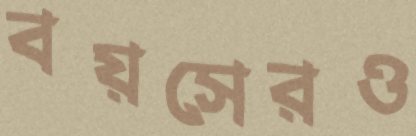
বয়সেরও